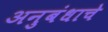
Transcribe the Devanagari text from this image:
अनुबंधाचे